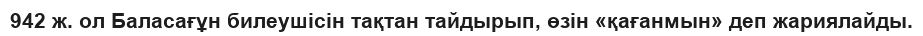
942 ж. ол Баласағұн билеушісін тақтан тайдырып, өзін «қағанмын» деп жариялайды.